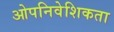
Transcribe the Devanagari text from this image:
ओपनिवेशिकता